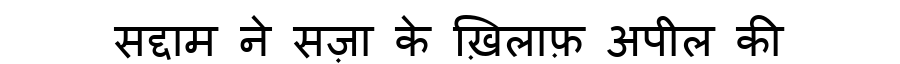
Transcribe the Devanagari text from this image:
सद्दाम ने सज़ा के ख़िलाफ़ अपील की